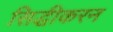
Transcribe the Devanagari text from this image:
सिद्धीकरन